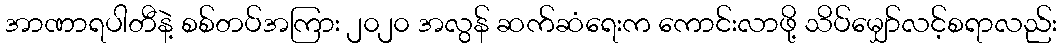
အာဏာရပါတီနဲ့ စစ်တပ်အကြား ၂၀၂၀ အလွန် ဆက်ဆံရေးက ကောင်းလာဖို့ သိပ်မျှော်လင့်စရာလည်း